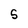
Character: 5